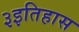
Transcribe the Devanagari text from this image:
३इतिहास